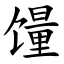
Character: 䭪